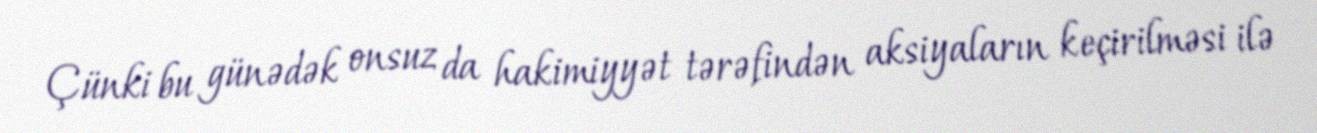
Çünki bu günədək onsuz da hakimiyyət tərəfindən aksiyaların keçirilməsi ilə